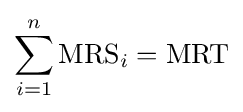
\sum _{i=1}^{n}{\text{MRS}}_{i}={\text{MRT}}